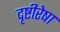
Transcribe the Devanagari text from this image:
दृष्टीरेषा